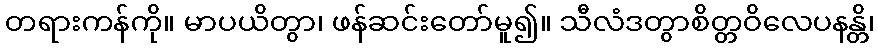
တရားကန်ကို။ မာပယိတွာ၊ ဖန်ဆင်းတော်မူ၍။ သီလံဒတွာစိတ္တဝိလေပနန္တိ၊